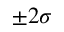
\pm 2 \sigma